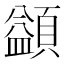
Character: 𩔱